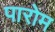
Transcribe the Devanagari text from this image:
पारोम